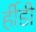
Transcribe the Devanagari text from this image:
र्हीडी